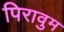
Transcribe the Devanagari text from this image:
पिरावुम